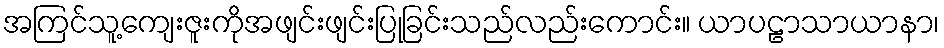
အကြင်သူ့ကျေးဇူးကိုအဖျင်းဖျင်းပြုခြင်းသည်လည်းကောင်း။ ယာပဠာသာယာနာ၊